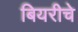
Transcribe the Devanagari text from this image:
बियरीचे